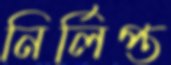
নির্লিপ্ত